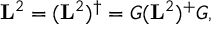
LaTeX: \mathbf { L } ^ { 2 } = ( \mathbf { L } ^ { 2 } ) ^ { \dagger } = G ( \mathbf { L } ^ { 2 } ) ^ { + } G ,